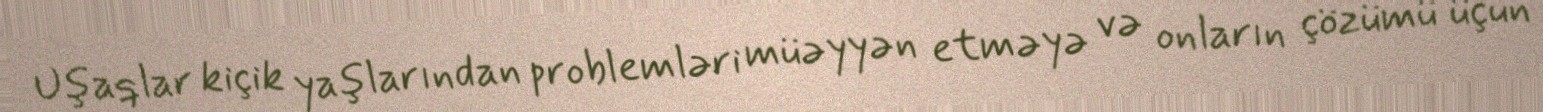
Uşaqlar kiçik yaşlarından problemləri müəyyən etməyə və onların çözümü üçün